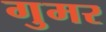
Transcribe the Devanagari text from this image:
गुमर